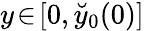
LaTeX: y\! \in\! [0,\breve{y}_{0}(0)]